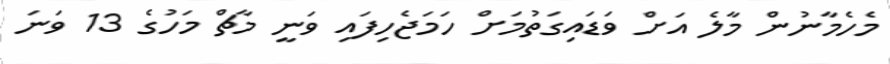
މެހެމާނުން މާލެ އަށް ވަޑައިގަތުމަށް ހަމަޖެހިފައި ވަނީ މާޗް މަހުގެ 13 ވަނަ